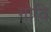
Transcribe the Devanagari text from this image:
गोवि